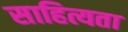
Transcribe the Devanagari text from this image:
साहित्यता